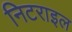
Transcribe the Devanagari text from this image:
निटराइल